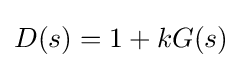
D(s)=1+kG(s)